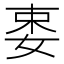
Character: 𡝁